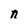
Character: n